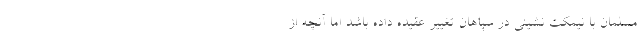
مسلمان با نیمکت نشینی در سپاهان تغییر عقیده داده باشد اما آنچه از